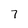
Character: 7